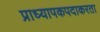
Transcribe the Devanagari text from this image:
प्राध्यापकपदाकरता